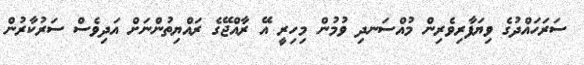
ސަރަހަައްދުގެ ވިޔަފާރިވެރިން މުއްސަނދި ވުމުން މިހިރީ އޭ ރާއްޖޭގެ ރައްޔިތުންނަށް އަދިވެސް ސަރުކާރުން